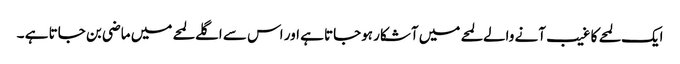
ایک لمحے کا غیب آنے والے لمحے میں آشکار ہوجاتا ہے اور اس سے اگلے لمحے میں ماضی بن جاتا ہے ۔